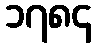
၁၇၈၄